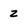
Character: z